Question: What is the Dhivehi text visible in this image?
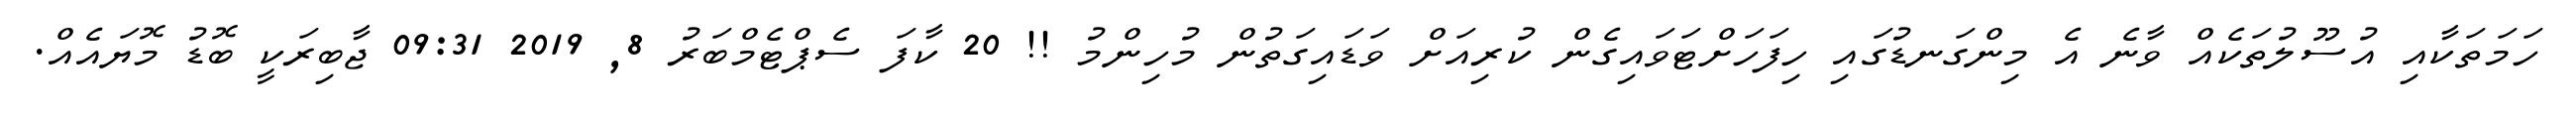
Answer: ހަމަތަކާއި އުސޫލުތަކެއް ވާނެ އެ މިންގަނޑުގައި ހިފަހަށްޓަވައިގެން ކުރިއަށް ވަޑައިގަތުން މުހިންމު !! 20 ކާފަ ސެޕްޓެމްބަރު 8, 2019 09:31 ޖާބިރަކީ ބޮޑު މޮޔައެއް.